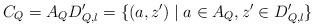
LaTeX: \begin{align*} C_Q = A_Q D'_{Q,l} = \{ (a,z') \mid a \in A_Q, z'\in D'_{Q,l} \}\end{align*}